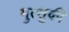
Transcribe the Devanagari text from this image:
मुत्सुकी